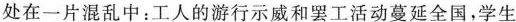
处在一片混乱中：工人的游行示威和罢工活动蔓延全国，学生